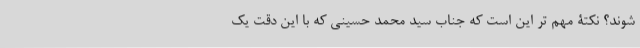
شوند؟ نکتۀ مهم تر این است که جناب سید محمد حسینی که با این دقت یک